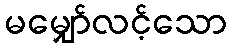
မမျှော်လင့်သော